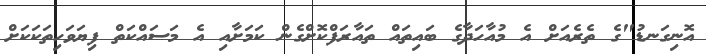
އޮނިގަނޑު"ގެ ތެރެއަށް އެ މުއާހަދާގެ ބައިތައް ތައާރަފްކޮށްގެން ކަމަށާއި އެ މަސައްކަތް ފިޔަވަހިތަކަކަށް